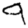
Digit: 9